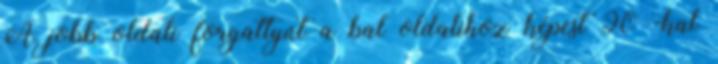
A jobb oldali forgattyút a bal oldalihoz képest 90°-kal